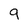
Character: 9